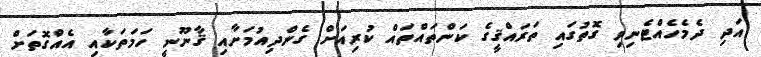
އަދި ދެމެހެއްޓެނިވި ގޮތުގައި ތަރައްޤީގެ ކަންތައްތައް ކުރިއަށް ގެންދިއުމަށާއި ޤާނޫނީ ހަމަތަކާއި އެއްގޮތަށް